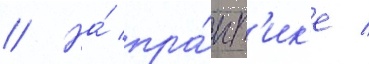
// На́ пра́кт'ик'е /